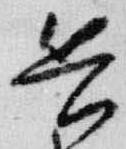
兵